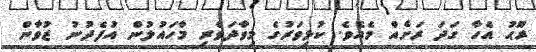
ރޫޙު އެހާ ގަދަ ރަށެއް މެއެވެ. ކުޅިވަރުގެ މިވާދަވެރި މާހައުލުން އުފެދުނު ޒުވާން